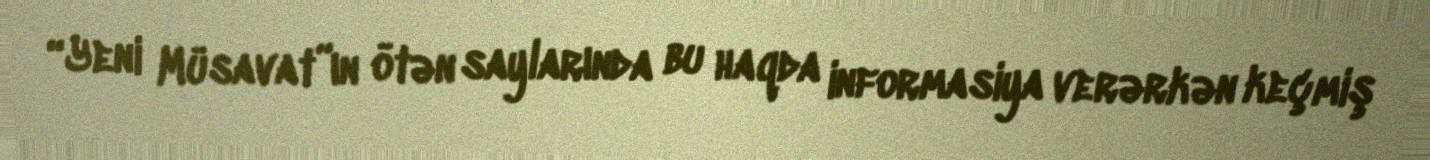
“Yeni Müsavat”ın ötən saylarında bu haqda informasiya verərkən keçmiş